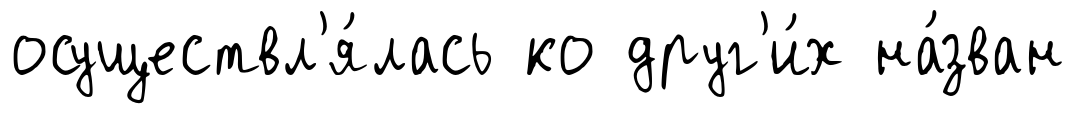
осуществл'я́лась ко друг'и́х на́зван